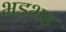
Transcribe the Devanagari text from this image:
भड़भड़